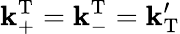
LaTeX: \mathbf{k}_{\mathrm{{+}}}^{\mathrm{{T}}}=\mathbf{k}_{\mathrm{{-}}}^{\mathrm{{T}}}=\mathbf{k}_{\mathrm{{T}}}^{\prime}